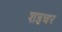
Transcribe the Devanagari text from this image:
शइचर